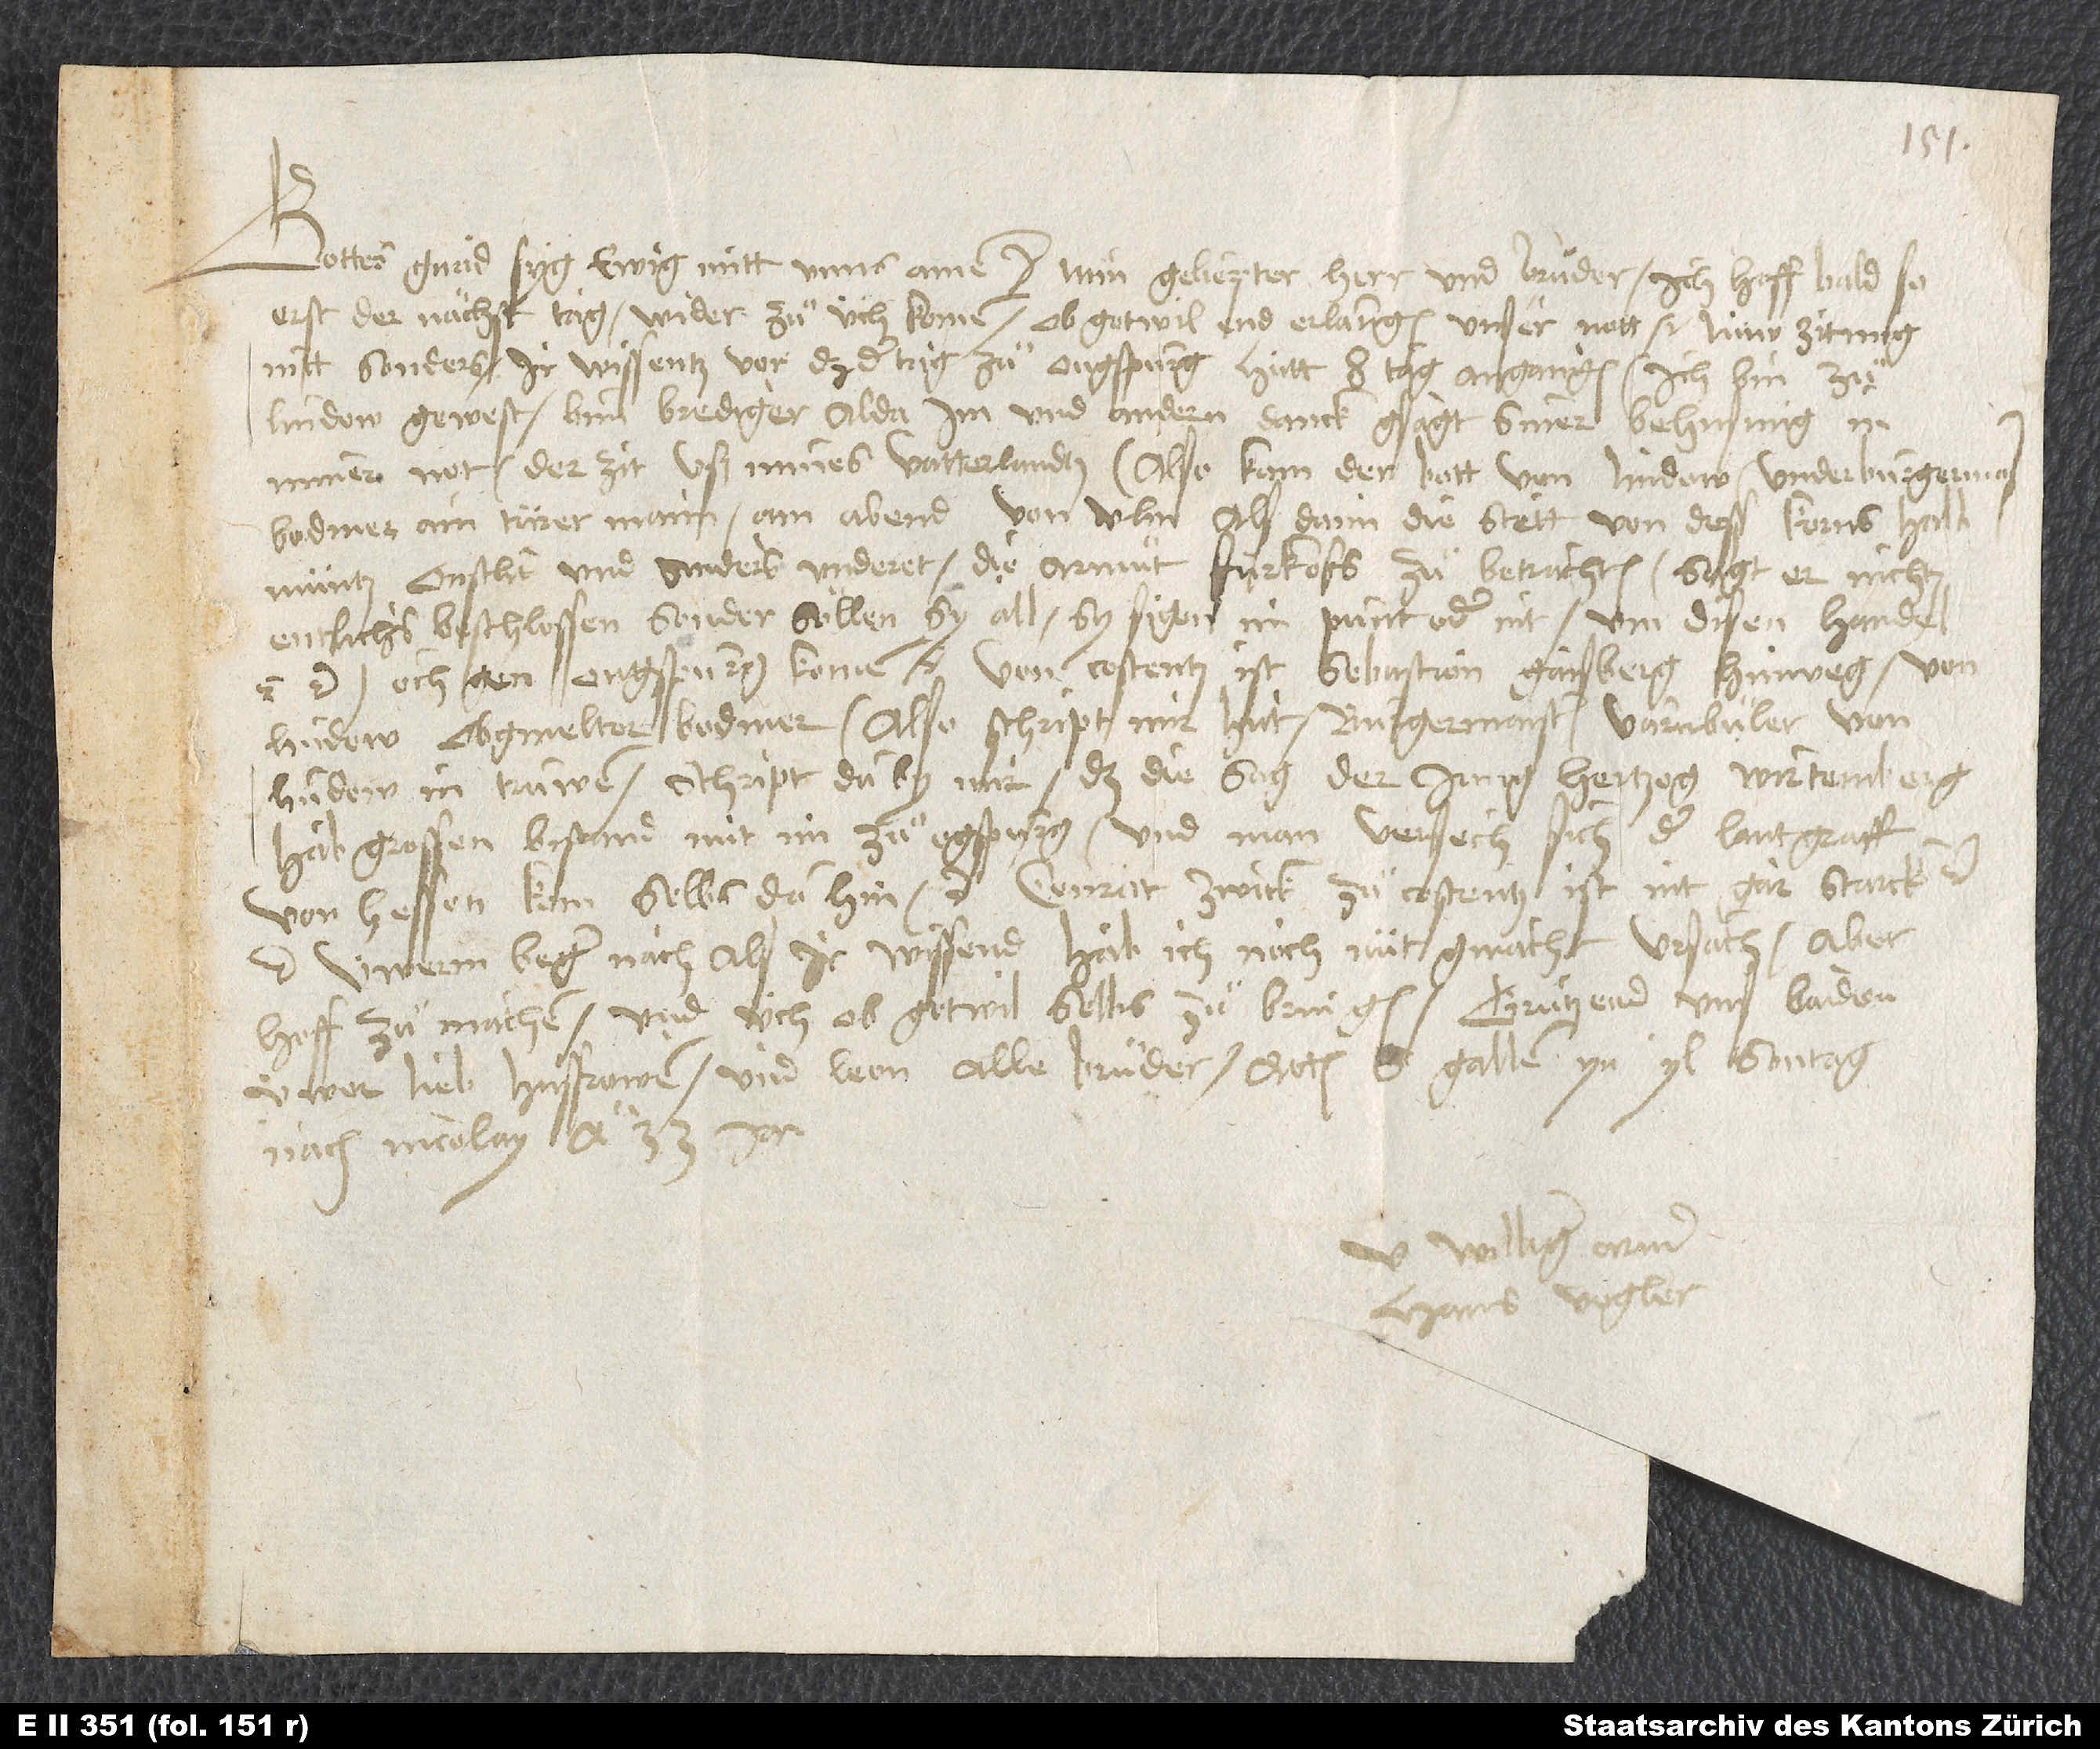
Gottes gnad syg ewig mitt unns. Amen. Min geliepter herr und bruͦder, ich hoff bald, so
erst der nächst tag, wider zuͦ üch komen, ob got wil, end erlangen unser nott. Nüw zitung
nitt sonders. Ir wissentz vor, daß der tag zuͦ Ougstpurg hätt 8 tag angangen. Ich bin zuͦ
Lindow gewest bim brediger alda, im und andern danck gsagt siner behusung in
miner not der zit uß mines vatterlandtz. Also kam der bott von Lindow, underburgermas
Bodmer, ain türer mann, am abend von Ulm, als dann die stett von dess korns halb,
müntz, onslit und anders underet, die armuͦt fürkofs zuͦ betrachten. Sagt er, nichtz
entlichs beschlossen, sonder söllen sy all, sy sigen im punt oder nit, um disen handel
etc. och gen Ougspurg komen etc. Von Constentz ist Sebastion Gaißberg hinweg, von
Lindow obgmelter Bodmer. Also schript mir hüt burgermaister Varnbüler von
Lindow in trüwen. Schript da by mir, daß die sag, der jung hertzog Wirtemberg
hab grossen bistand mit im zuͦ Ogspurg, und man versech sich, der lantgraff
von Hessen korn selbs dahin etc. Conrat Zwick zuͦ Costentz ist nit gar starck etc.
Uwerm beger nach, als ir wissend, hab ich noch nüt gmacht, ursach, aber
hoff zuͦ machen und üch, ob got wil, selbs zuͦ bringen. Grützend uns baiden
üwer lieb husfrowen und Leon, alle bruͤder. Actum S. Gallen, yn yl, sontag
williger, armer
Hans Vogler.